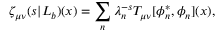
\zeta _ { \mu \nu } ( s | L _ { b } ) ( x ) = \sum _ { n } \lambda _ { n } ^ { - s } T _ { \mu \nu } [ \phi _ { n } ^ { * } , \phi _ { n } ] ( x ) ,